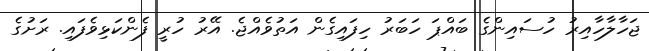
ޖަހާލާހާއިރު ހުސައިންގެ ބައްޕަ ހަބަރު ހިފައިގެން އަތުވެއްޖެ. އޭރު ހުރީ ފެންކަޅިވެފައި. ރަށުގެ